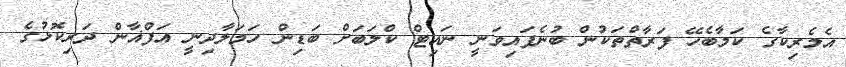
އެމެރިކާގެ ކަމާބެހޭ ފަރާތްތަކުން ބުނެފައިވަނީ ނައިޓް ކްލަބަށް ބަޑިން ހަމަލާދިނީ އަފްޣާން ދަރިކޮޅުގެ